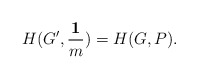
\begin{align*}H(G^\prime,\frac{\mathbf 1}{m}) = H(G,P).\end{align*}